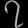
Digit: ၇